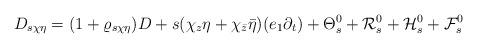
LaTeX: \begin{align*}D_{s\chi\eta}=(1+\varrho_{s\chi\eta})D+s(\chi_z\eta+\chi_{\bar{z}}\bar{\eta})(e_1\partial_t)+\Theta_{s}^0+\mathcal{R}_s^0+\mathcal{H}_s^0+\mathcal{F}_s^0\end{align*}